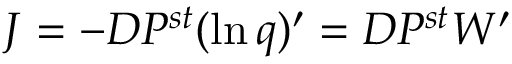
J = - D P ^ { s t } ( \ln q ) ^ { \prime } = D P ^ { s t } W ^ { \prime }